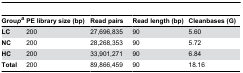
<table><thead><tr><td><b>Grou<i>p</i><sup><i>a</i></sup></b></td><td><b>PE library size (bp)</b></td><td><b>Read pairs</b></td><td><b>Read length (bp)</b></td><td><b>Cleanbases (G)</b></td></tr></thead><tbody><tr><td><b>LC</b></td><td>200</td><td>27,696,835</td><td>90</td><td>5.60</td></tr><tr><td><b>NC</b></td><td>200</td><td>28,268,353</td><td>90</td><td>5.72</td></tr><tr><td><b>HC</b></td><td>200</td><td>33,901,271</td><td>90</td><td>6.84</td></tr><tr><td><b>Total</b></td><td>200</td><td>89,866,459</td><td>90</td><td>18.16</td></tr></tbody></table>